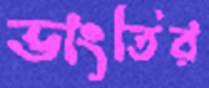
ভাংতির